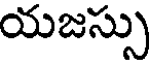
యజస్సు